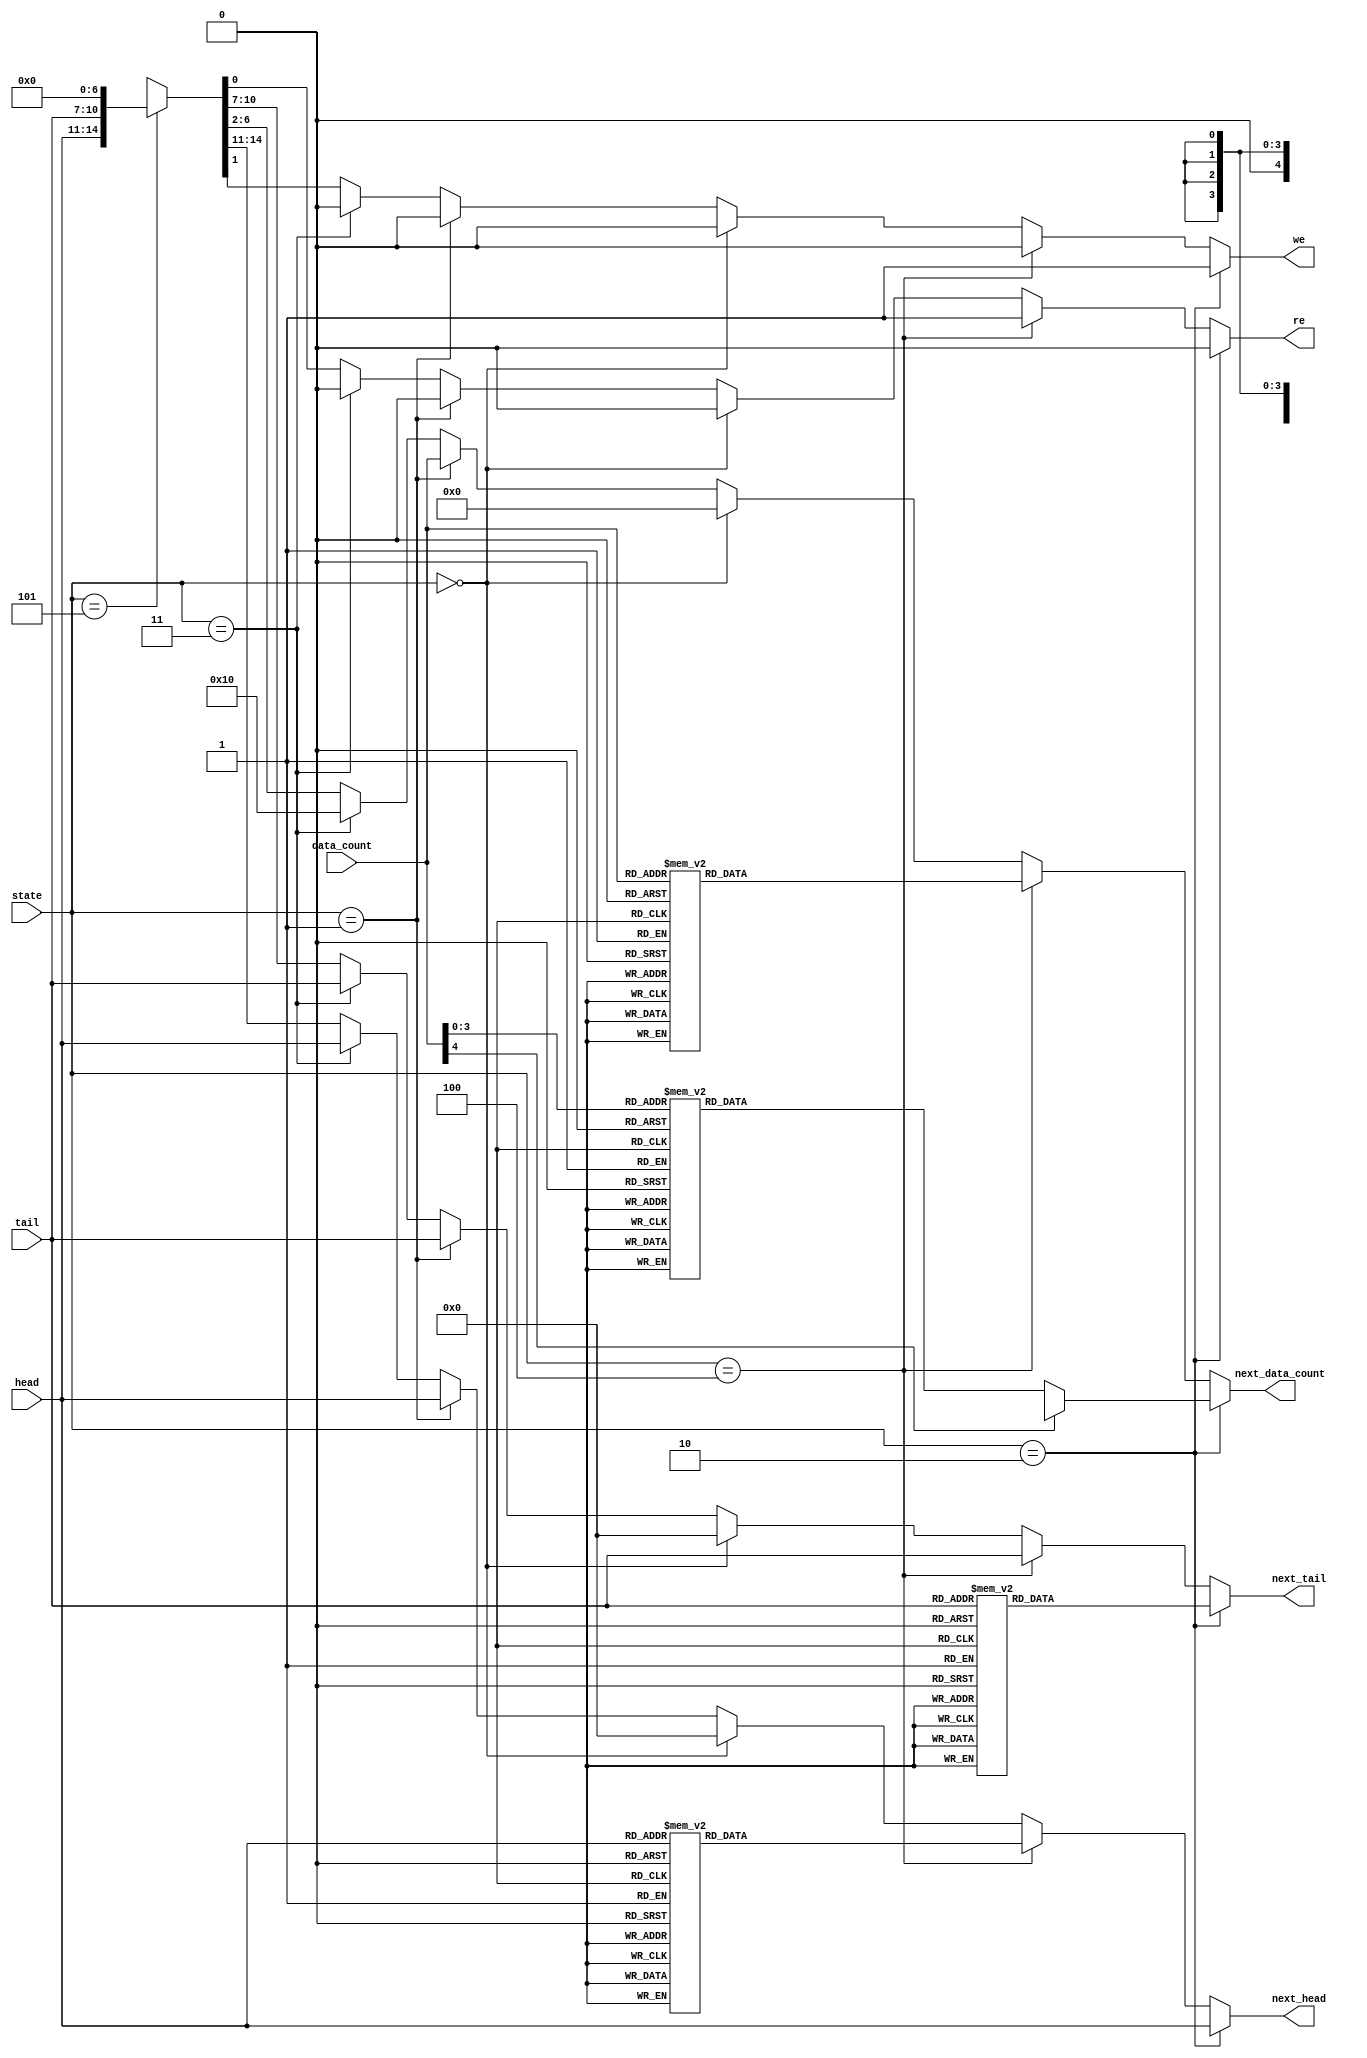
module fifo_cal_addr_16(state, head, tail, data_count, we, re, next_head, next_tail, next_data_count);
	input[2:0] state;
	input[3:0] head, tail;
	input[4:0] data_count;
	output reg we, re;
	output reg[3:0] next_head, next_tail;
	output reg[4:0] next_data_count;
	
	parameter INIT = 3'b000;
	parameter NO_OP = 3'b001;
	parameter WRITE = 3'b010;
	parameter WR_ERR = 3'b011;
	parameter READ = 3'b100;
	parameter RD_ERR = 3'b101;
	//states encoding
	//110 and 111 are not used
	
	always @ (state, head, tail, data_count)
		begin
			if (state == WRITE)
			begin
				case (tail)
					(4'b0000) : next_tail = 4'b0001;//0 -> 1
					(4'b0001) : next_tail = 4'b0010;
					(4'b0010) : next_tail = 4'b0011;//2 -> 3
					(4'b0011) : next_tail = 4'b0100;
					(4'b0100) : next_tail = 4'b0101;//4 -> 5
					(4'b0101) : next_tail = 4'b0110;
					(4'b0110) : next_tail = 4'b0111;
					(4'b0111) : next_tail = 4'b1000;
					(4'b1000) : next_tail = 4'b1001;//8 -> 9
					(4'b1001) : next_tail = 4'b1010;
					(4'b1010) : next_tail = 4'b1011;
					(4'b1011) : next_tail = 4'b1100;
					(4'b1100) : next_tail = 4'b1101;
					(4'b1101) : next_tail = 4'b1110;
					(4'b1110) : next_tail = 4'b1111;
					(4'b1111) : next_tail = 4'b0000;//15 -> 0
					default : next_tail = 4'bxxxx;
				endcase 
				//tail ++
				case (data_count)
					(5'b00000) : next_data_count = 5'b00001;//0 -> 1
					(5'b00001) : next_data_count = 5'b00010;
					(5'b00010) : next_data_count = 5'b00011;//2 -> 3
					(5'b00011) : next_data_count = 5'b00100;
					(5'b00100) : next_data_count = 5'b00101;//4 -> 5
					(5'b00101) : next_data_count = 5'b00110;
					(5'b00110) : next_data_count = 5'b00111;
					(5'b00111) : next_data_count = 5'b01000;
					(5'b01000) : next_data_count = 5'b01001;//8 -> 9
					(5'b01001) : next_data_count = 5'b01010;
					(5'b01010) : next_data_count = 5'b01011;
					(5'b01011) : next_data_count = 5'b01100;
					(5'b01100) : next_data_count = 5'b01101;
					(5'b01101) : next_data_count = 5'b01110;
					(5'b01110) : next_data_count = 5'b01111;
					(5'b01111) : next_data_count = 5'b10000;//15 -> 16
					default : next_data_count = 4'bxxxx;
				endcase
				//data_count++
				{next_head, we, re} = {head, 1'b1, 1'b0};
			end
			//When state was WRITE
			
			else if (state == READ)
			begin
				case (head)
					(4'b0000) : next_head = 4'b0001;//0 -> 1
					(4'b0001) : next_head = 4'b0010;
					(4'b0010) : next_head = 4'b0011;//2 -> 3
					(4'b0011) : next_head = 4'b0100;
					(4'b0100) : next_head = 4'b0101;//4 -> 5
					(4'b0101) : next_head = 4'b0110;
					(4'b0110) : next_head = 4'b0111;
					(4'b0111) : next_head = 4'b1000;
					(4'b1000) : next_head = 4'b1001;//8 -> 9
					(4'b1001) : next_head = 4'b1010;
					(4'b1010) : next_head = 4'b1011;
					(4'b1011) : next_head = 4'b1100;
					(4'b1100) : next_head = 4'b1101;
					(4'b1101) : next_head = 4'b1110;
					(4'b1110) : next_head = 4'b1111;
					(4'b1111) : next_head = 4'b0000;//15 -> 0
					default : next_head = 4'bxxxx;
				endcase 
				//head++
				case (data_count)
					(5'b00001) : next_data_count = 5'b00000;//1 -> 0
					(5'b00010) : next_data_count = 5'b00001;//2 -> 1
					(5'b00011) : next_data_count = 5'b00010;
					(5'b00100) : next_data_count = 5'b00011;//4 -> 3
					(5'b00101) : next_data_count = 5'b00100;
					(5'b00110) : next_data_count = 5'b00101;
					(5'b00111) : next_data_count = 5'b00110;
					(5'b01000) : next_data_count = 5'b00111;//8 -> 7
					(5'b01001) : next_data_count = 5'b01000;
					(5'b01010) : next_data_count = 5'b01001;
					(5'b01011) : next_data_count = 5'b01010;
					(5'b01100) : next_data_count = 5'b01011;
					(5'b01101) : next_data_count = 5'b01100;
					(5'b01110) : next_data_count = 5'b01101;
					(5'b01111) : next_data_count = 5'b01110;//15 -> 14
					(5'b10000) : next_data_count = 5'b01111;//16 -> 15
					default : next_data_count = 5'bxxxxx;
				endcase
				//data_count--
				{next_tail, we, re} = {tail, 1'b0, 1'b1};
			end
			//When state was READ
		
			else if (state == INIT) {next_head, next_tail, next_data_count, we, re} = 15'b0000_0000_00000_0_0;
			//when state was INIT
			
			else if (state == NO_OP) {next_head, next_tail, next_data_count, we, re} = {head, tail, data_count, 1'b0, 1'b0};
			//When state was NO_OP
			
			else if (state == WR_ERR) {next_head, next_tail, next_data_count, we, re} = {head, tail, 5'b10000, 1'b0, 1'b0};
			//When state was WR_ERR
			
			else if (state == RD_ERR) {next_head, next_tail, next_data_count, we, re} = {head, tail, 5'b00000, 1'b0, 1'b0};
			//When state was RD_ERR
			
			else {next_head, next_tail, next_data_count, we, re} = 15'bxxxx_xxxx_xxxxx_x_x;
		end
endmodule